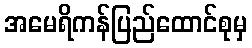
အမေရိကန်ပြည်ထောင်စုမှ